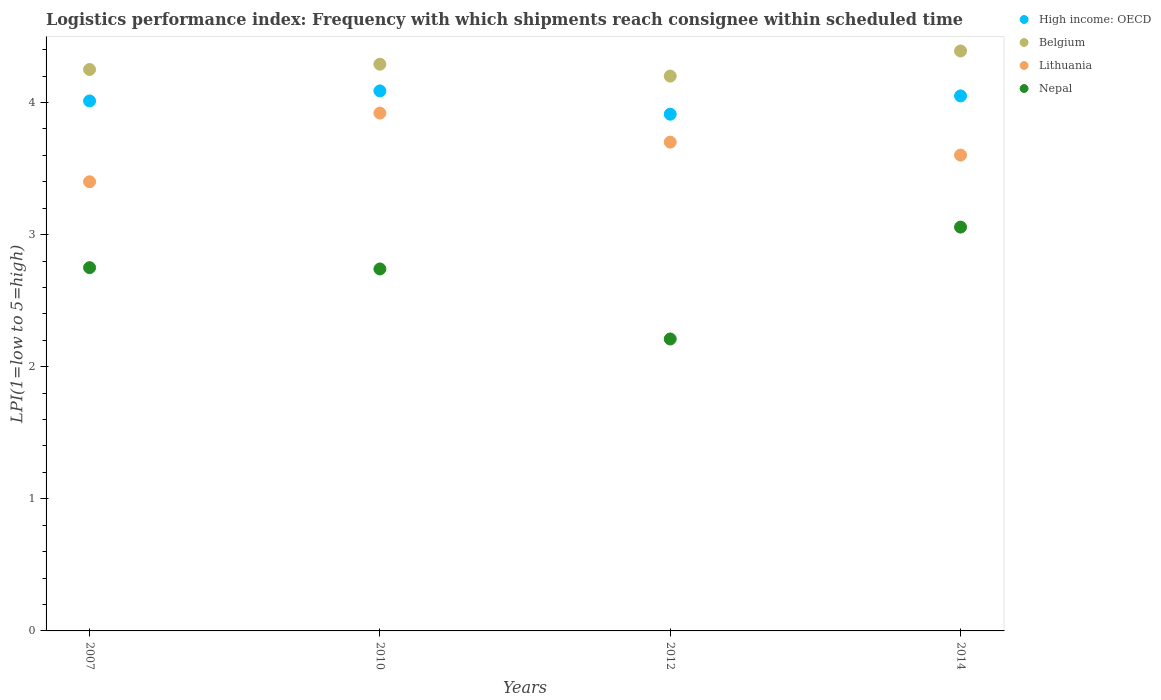
| Years | High income: OECD | Belgium | Lithuania | Nepal |
 | --- | --- | --- | --- | --- |
 | 2007 | 4.01 | 4.25 | 3.4 | 2.75 |
 | 2010 | 4.09 | 4.29 | 3.92 | 2.74 |
 | 2012 | 3.91 | 4.2 | 3.7 | 2.21 |
 | 2014 | 4.05 | 4.39 | 3.6 | 3.06 |